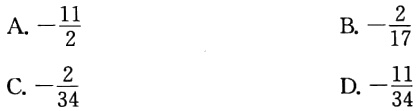
A. $-\frac{11}{2}$

B. $-\frac{2}{17}$

C. $-\frac{2}{34}$

D. $-\frac{11}{34}$